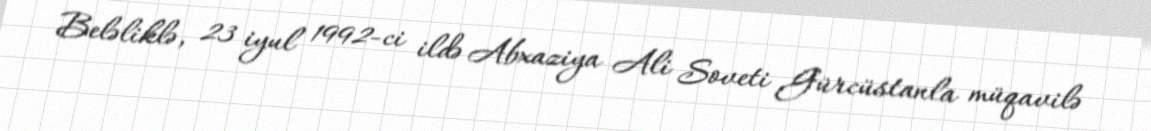
Beləliklə, 23 iyul 1992-ci ildə Abxaziya Ali Soveti Gürcüstanla müqavilə